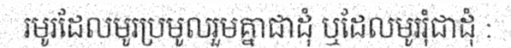
រមូរដែលមូរប្រមូលរួមគ្នាជាដុំ ឬដែលមូររុំជាដុំ :